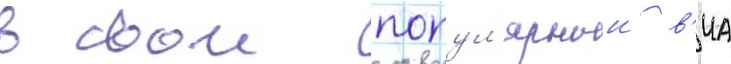
в свои попул'ярныи в'иа